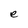
Character: e